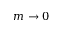
m \rightarrow 0